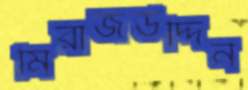
মিরাজউদ্দিন